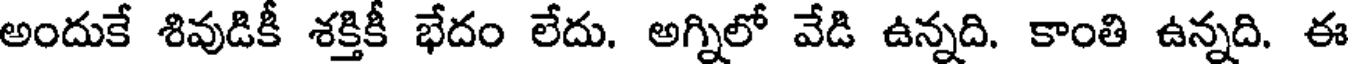
అందుకే శివుడికీ శక్తికీ భేదం లేదు. అగ్నిలో వేడి ఉన్నది. కాంతి ఉన్నది. ఈ